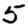
Digit: 5